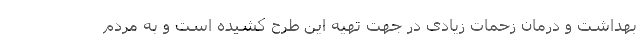
بهداشت و درمان زحمات زیادی در جهت تهیه این طرح کشیده است و به مردم